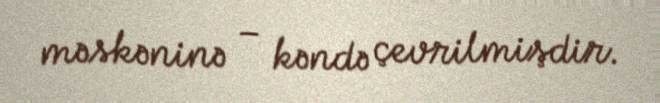
məskəninə – kəndə çevrilmişdir.